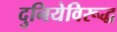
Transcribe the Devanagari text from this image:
दुनियेविरूद्ध